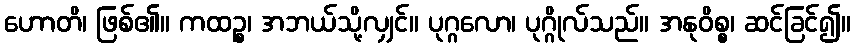
ဟောတိ၊ ဖြစ်၏။ ကထဉ္စ၊ အဘယ်သို့လျှင်။ ပုဂ္ဂလော၊ ပုဂ္ဂိုလ်သည်။ အနုဝိစ္စ၊ ဆင်ခြင်၍။